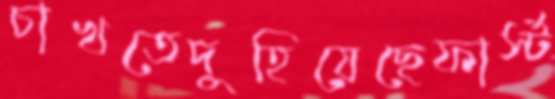
চাখতেদুহিয়েছেফার্স্ট